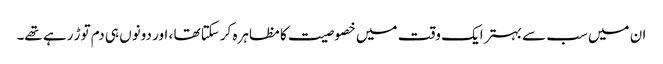
ان میں سب سے بہتر ایک وقت میں خصوصیت کا مظاہرہ کرسکتا تھا ، اور دونوں ہی دم توڑ رہے تھے۔